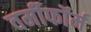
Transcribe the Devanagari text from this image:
वर्मीफॉर्म